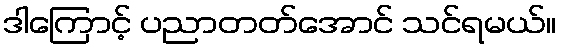
ဒါကြောင့် ပညာတတ်အောင် သင်ရမယ်။